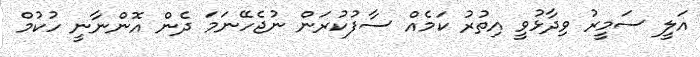
އަލީ ސަމީރު ވިދާޅުވީ އިތުރު ކަމެއް ސާފުކުރަން ނުޖެހޭނަމަ ދެން އޮންނާނީ ހުކުމް